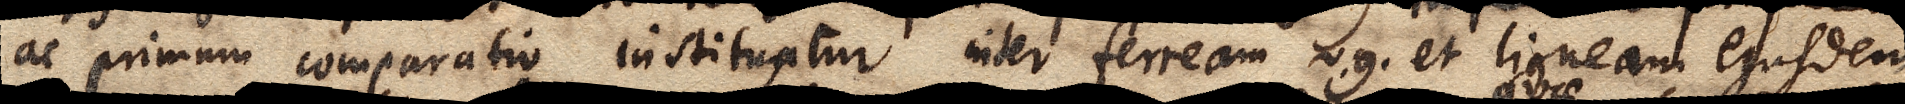
ac primum comparatio instituatur inter ferream, v.g. et ligneam ejusdem